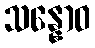
သန္နောဝ